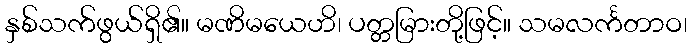
နှစ်သက်ဖွယ်ရှိ၏။ မဏိမယေဟိ၊ ပတ္တမြားတို့ဖြင့်။ သမလင်္ကတာဝ၊